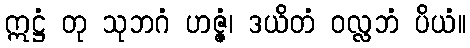
ဣဋ္ဌံ တု သုဘဂံ ဟဇ္ဇံ၊ ဒယိတံ ဝလ္လဘံ ပိယံ။